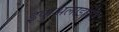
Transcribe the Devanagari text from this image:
इकुअलाइज़िंग